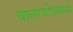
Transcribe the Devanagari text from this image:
चालाचीत्रामध्ये